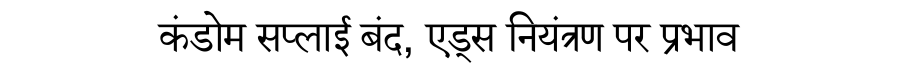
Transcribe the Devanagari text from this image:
कंडोम सप्लाई बंद, एड्स नियंत्रण पर प्रभाव